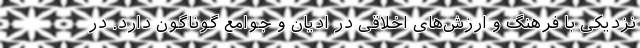
نزدیکی با فرهنگ و ارزش‌های اخلاقی در ادیان و جوامع گوناگون دارد. در